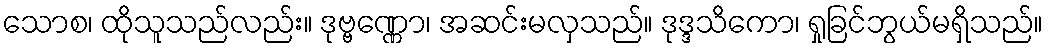
သောစ၊ ထိုသူသည်လည်း။ ဒုဗ္ဗဏ္ဏော၊ အဆင်းမလှသည်။ ဒုဒ္ဒသိကော၊ ရှုခြင်ဘွယ်မရှိသည်။